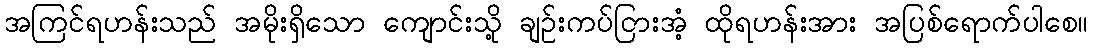
အကြင်ရဟန်းသည် အမိုးရှိသော ကျောင်းသို့ ချဉ်းကပ်ငြားအံ့ ထိုရဟန်းအား အပြစ်ရောက်ပါစေ။